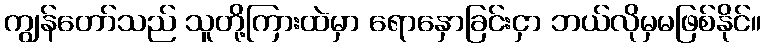
ကျွန်တော်သည် သူတို့ကြားထဲမှာ ရောနှောခြင်းငှာ ဘယ်လိုမှမဖြစ်နိုင်။